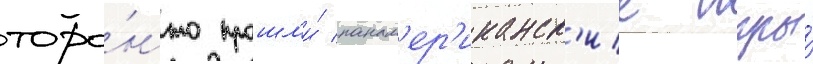
торо́нто прошл'и́ панам'ер'иканск'ие игры́